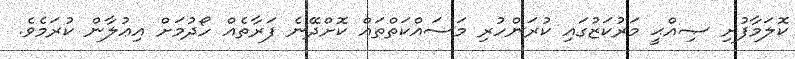
ކޮލަމާފުށި ޞިއްޙީ މަރުކަޒުގައި ކުރަންހުރި މަސައްކަތްތައް ކޮށްދޭނެ ފަރާތެއް ހޯދުމަށް އިޢުލާން ކުރަމެވެ.